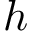
h